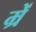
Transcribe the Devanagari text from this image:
म्रें